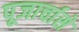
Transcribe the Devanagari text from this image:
पूजार्चासे